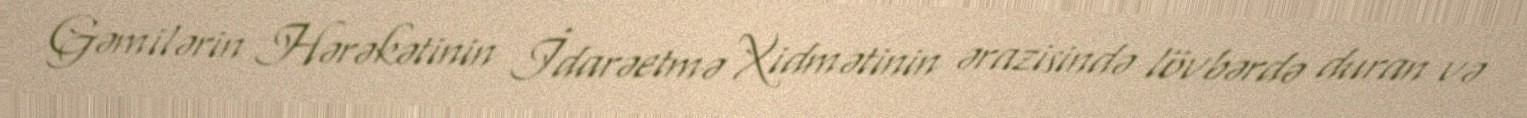
Gəmilərin Hərəkətinin İdarəetmə Xidmətinin ərazisində lövbərdə duran və